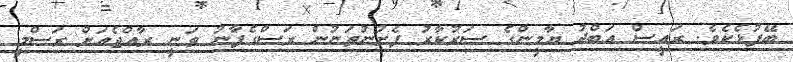
ބޭފުޅެކެވެ. ރައީސް އަބްދު ޔާމީންގެ ސަރުކާރު ފެށުނުތަނުން ރަސްގެފާނު ވަނީ ރާއްޖެއަށް ރަސްމީ